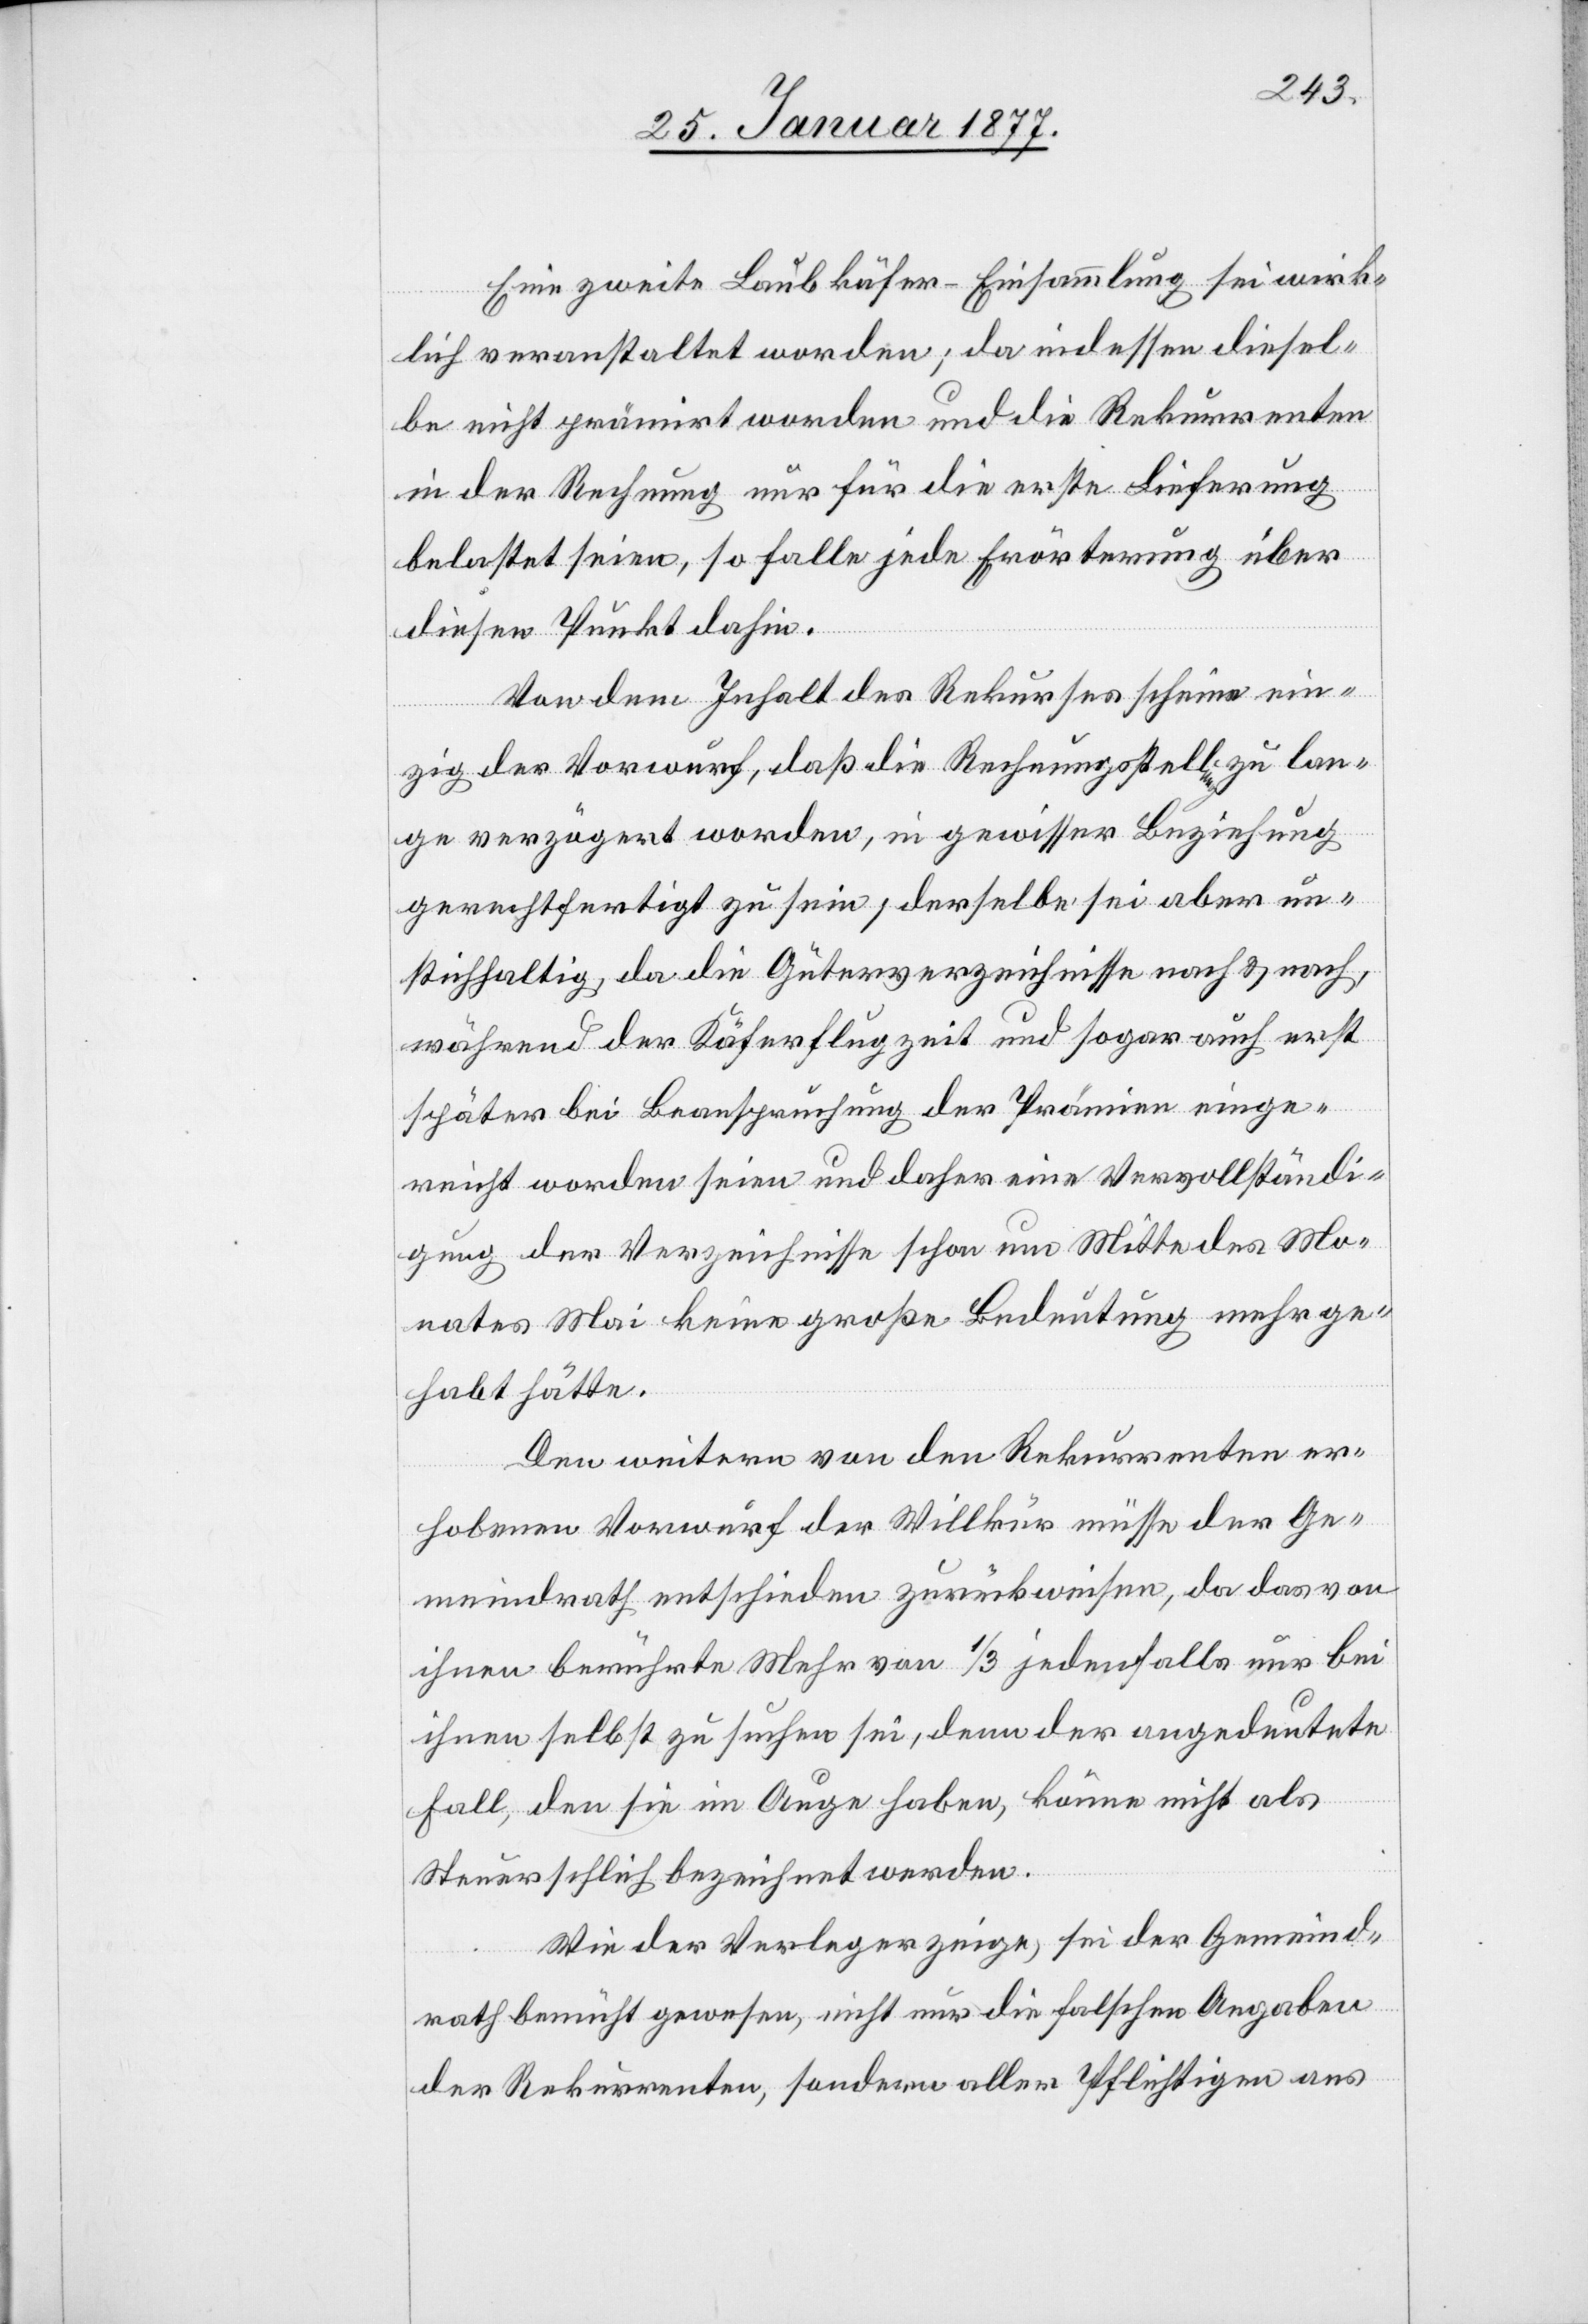
Eine zweite Laubkäfer-Einsammlung sei wirk¬
lich veranstaltet worden; da indessen diesel¬
be nicht prämirt worden und die Rekurrenten
in der Rechnung nur für die erste Lieferung
belastet seien, so falle jede Erörterung über
diesen Punkt dahin.
Von dem Inhalt des Rekursschreibens scheine ein¬
zig der Vorwurf, daß die Rechnungsstellung zu lan¬
ge verzögert worden, in gewisser Beziehung
gerechtfertigt zu sein; derselbe sei aber un¬
stichhaltig, da die Güterverzeichnisse nach & nach,
während der Käferflugzeit und sogar auch erst
später bei Beanspruchung der Prämien einge¬
reicht worden seien und daher eine Vervollständi¬
gung der Verzeichnisse schon um Mitte des Mo¬
nates Mai keine große Bedeutung mehr ge¬
habt hätte.
Den weitern von den Rekurrenten er¬
hobenen Vorwurf der Willkür müsse der Ge¬
meindrath entschieden zurückweisen, da das von
ihnen berührte Mehr von 1/3 jedenfalls nur bei
ihnen selbst zu suchen sei, denn der angedeutete
Fall, den sie im Auge haben, könne nicht als
Steuerschlich bezeichnet werden.
Wie der Verleger zeige, sei der Gemeind¬
rath bemüht gewesen, nicht nur die falschen Angaben
der Rekurrenten, sondern aller Pflichtigen ans